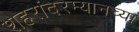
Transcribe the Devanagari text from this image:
शहरांदरम्यानच्या